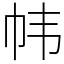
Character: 帏